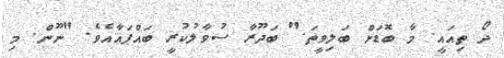
ދޯ ތިއައީ. މާ ބޮޑަށް ބަލިވީތަ." ބަދޫރާ ސުވާލުކުރީ ބައްޕައާއެވެ. "ނޫން. މި